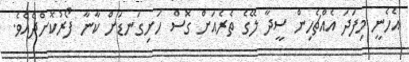
އެހެނީ މިފަދަ އެއްޗެހިން ސީދާ ލޭގެ ތެރެއަށް ގޮސް ހަށިގަނޑަށް ކާނާ ފޯރުކޮށްދެއެވެ.